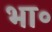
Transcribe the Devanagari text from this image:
भा॰